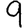
Digit: 9